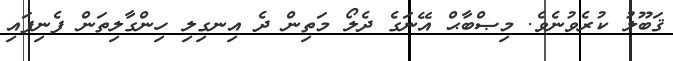
ޤަބޫލު ކުރެވުނެވެ. މިޞްބާޙް އޭނަގެ ދެލޯ މަތިން ދެ އިނގިލި ހިންގާލިތަން ފެނިފައި